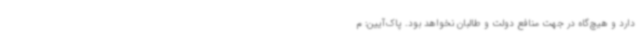
دارد و هیچ‌گاه در جهت منافع دولت و طالبان نخواهد بود. پاک‌آیین: م